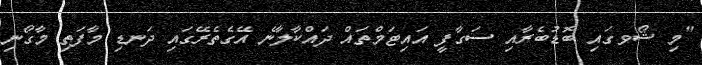
"މި ޝޯވގައި ބޮޑުބެރާއި ސަގާފީ އައިޓަމްތައް ދައްކާލާނެ އޭގެތެރޭގައި ދަނޑި މާފަތި މާގޯނި